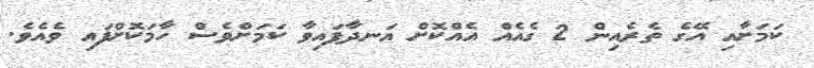
ކަމަށާއި އޭގެ ތެރެއިން 2 ގެއެއް އެއްކޮށް އަނދާފައިވާ ކަމަށްވެސް ހާމަކޮށްފައި ވެއެވެ.